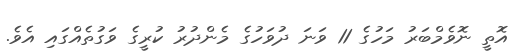
އޮތީ ނޮވެމްބަރު މަހުގެ 11 ވަނަ ދުވަހުގެ މެންދުރު ކުރީގެ ވަގުތެއްގައި އެވެ.